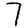
Digit: 7